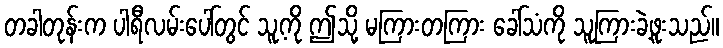
တခါတုန်းက ပါရီလမ်းပေါ်တွင် သူ့ကို ဤသို့ မကြားတကြား ခေါ်သံကို သူကြားခဲ့ဖူးသည်။